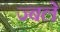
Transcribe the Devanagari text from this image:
ज्बले